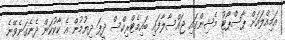
އަމިއްލައަށް ޕާސްޕޯޓު މެޝިންގައި ޖައްސާލާފައި ބައިމެޓްރިކްސް ދީފަ ދިޔުމުން އެ ކާކުކަން ދެނެގަނެވޭނެ